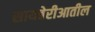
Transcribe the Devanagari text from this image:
सायबेरीआतील